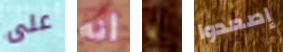
على أنه يا إصعدوا